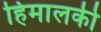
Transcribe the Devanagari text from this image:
हिमालकी